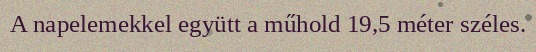
A napelemekkel együtt a műhold 19,5 méter széles.